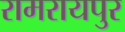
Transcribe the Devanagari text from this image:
रामरायपुर